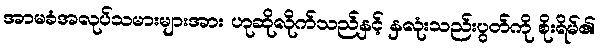
အာမခံအလုပ်သမားများအား ဟုဆိုလိုက်သည်နှင့် နှလုံးသည်းပွတ်ကို စိုးရိမ်၏